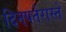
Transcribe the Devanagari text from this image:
दिनपतेरास्ते